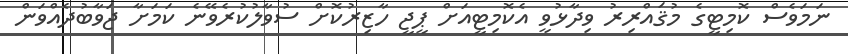
ނަމަވެސް ކޮމިޓީގެ މުޤައްރިރު ވިދާޅުވީ އެކޮމިޓީއަށް ޕީޖީ ހާޒިރުކޮށް ސުވާލުކުރެވޭނެ ކަމަށާ ޖަވާބުދެއްވަން